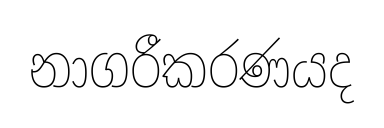
නාගරීකරණයද